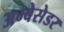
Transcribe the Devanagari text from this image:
अम्बेसेडर